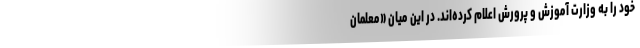
خود را به وزارت آموزش و پرورش اعلام کرده‌اند. در این میان «معلمان